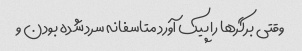
وقتی برگرها را پیک آورد متاسفانه سرد شده بودن و